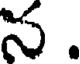
స .